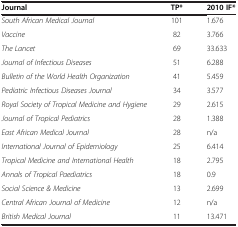
<table><thead><tr><td><b>Journal</b></td><td><b>TP*</b></td><td><b>2010 IF*</b></td></tr></thead><tbody><tr><td><i>South African Medical Journal</i></td><td>101</td><td>1.676</td></tr><tr><td><i>Vaccine</i></td><td>82</td><td>3.766</td></tr><tr><td><i>The Lancet</i></td><td>69</td><td>33.633</td></tr><tr><td><i>Journal of Infectious Diseases</i></td><td>51</td><td>6.288</td></tr><tr><td><i>Bulletin of the World Health Organization</i></td><td>41</td><td>5.459</td></tr><tr><td><i>Pediatric Infectious Diseases Journal</i></td><td>34</td><td>3.577</td></tr><tr><td><i>Royal Society of Tropical Medicine and Hygiene</i></td><td>29</td><td>2.615</td></tr><tr><td><i>Journal of Tropical Pediatrics</i></td><td>28</td><td>1.388</td></tr><tr><td><i>East African Medical Journal</i></td><td>28</td><td>n/a</td></tr><tr><td><i>International Journal of Epidemiology</i></td><td>25</td><td>6.414</td></tr><tr><td><i>Tropical Medicine and International Health</i></td><td>18</td><td>2.795</td></tr><tr><td><i>Annals of Tropical Paediatrics</i></td><td>18</td><td>0.9</td></tr><tr><td><i>Social Science &amp; Medicine</i></td><td>13</td><td>2.699</td></tr><tr><td><i>Central African Journal of Medicine</i></td><td>12</td><td>n/a</td></tr><tr><td><i>British Medical Journal</i></td><td>11</td><td>13.471</td></tr></tbody></table>